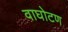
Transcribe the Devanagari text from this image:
वाघोटण